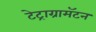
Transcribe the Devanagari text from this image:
टेट्राग्रामॅटन